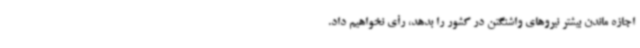
اجازه ماندن بیشتر نیروهای واشنگتن در کشور را بدهد، رأی نخواهیم داد.